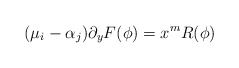
\begin{align*}(\mu_i-\alpha_{j})\partial_yF(\phi)= x^{m}R(\phi)\end{align*}